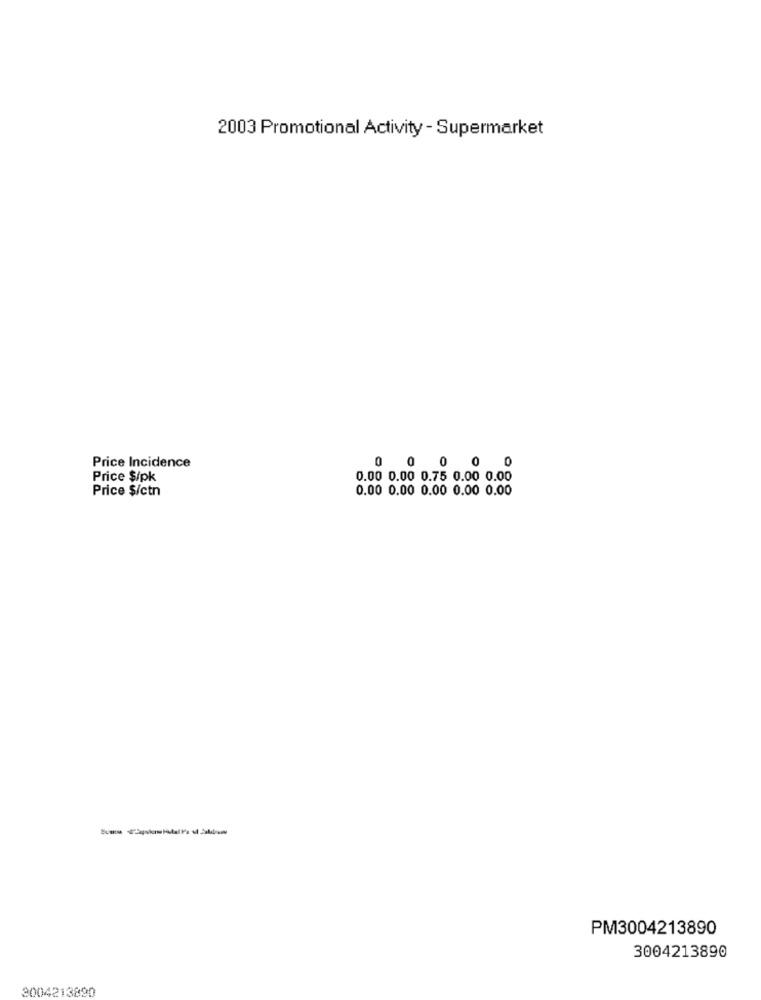
2003 Promotional Activity - Supermarket
Price Incidence
0 0 0 00
Price $/pk
0.00 0.00 0.75 0.00 0.00
Price $/ctn
0.00 0.00 0.00 0.00 0.00
PM3004213890
3004213890
3004213890